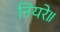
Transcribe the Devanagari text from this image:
नियरे॥